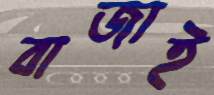
বাজাই